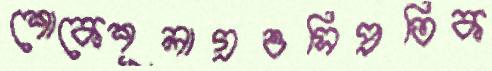
শোকেশূলাগ্রওসিপ্রতিক